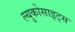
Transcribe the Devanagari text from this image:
ल्युकोसाइट्स